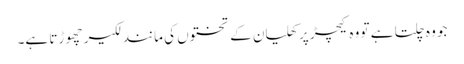
جو وہ چلتا ہے تو وہ کیچڑ پر کھلیان کے تختوں کی مانند لکیر چھو ڑتا ہے۔